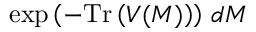
\exp \left( - \mathrm { T r } \left( V ( M ) \right) \right) \, d M